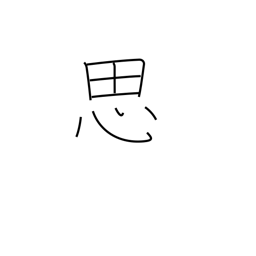
Meaning: think